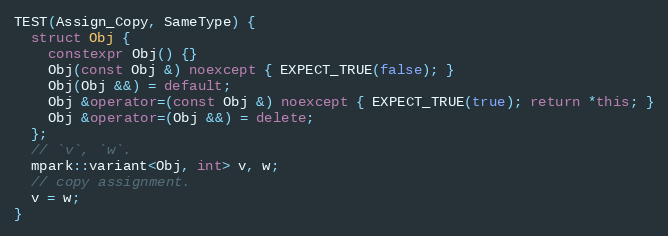
Language: C++
TEST(Assign_Copy, SameType) {
  struct Obj {
    constexpr Obj() {}
    Obj(const Obj &) noexcept { EXPECT_TRUE(false); }
    Obj(Obj &&) = default;
    Obj &operator=(const Obj &) noexcept { EXPECT_TRUE(true); return *this; }
    Obj &operator=(Obj &&) = delete;
  };
  // `v`, `w`.
  mpark::variant<Obj, int> v, w;
  // copy assignment.
  v = w;
}